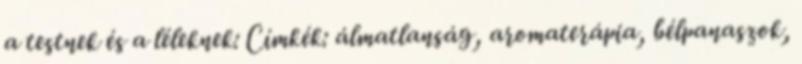
a testnek és a léleknek: Címkék: álmatlanság, aromaterápia, bélpanaszok,